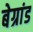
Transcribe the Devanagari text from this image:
बेग्रांड